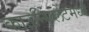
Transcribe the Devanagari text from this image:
काउन्सिलेटमध्ये